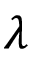
\lambda